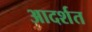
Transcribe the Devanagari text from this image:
आदर्शत